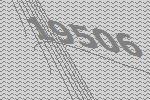
19506